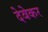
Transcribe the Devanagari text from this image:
देवेकर